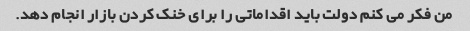
من فکر می کنم دولت باید اقداماتی را برای خنک کردن بازار انجام دهد.